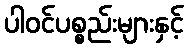
ပါဝင်ပစ္စည်းများနှင့်